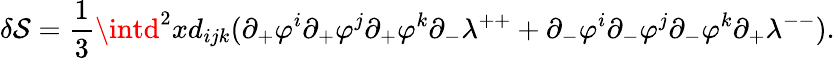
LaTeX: \delta\mathcal{S}=\frac{{1}}{{3}}\intd^{2}xd_{ijk}(\partial_{+}\varphi^{i}\partial_{+}\varphi^{j}\partial_{+}\varphi^{k}\partial_{-}\lambda^{++}+\partial_{-}\varphi^{i}\partial_{-}\varphi^{j}\partial_{-}\varphi^{k}\partial_{+}\lambda^{--}).